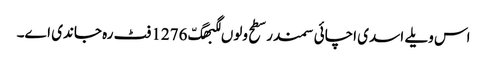
اس ویلے اسدی اچائی سمندر سطح ولوں لگبھگّ 1276 فٹ رہ جاندی اے۔